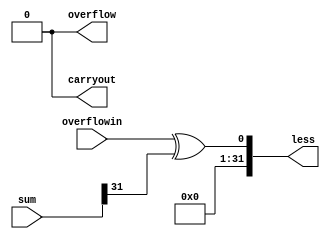
module full32BitSLT
(
  output [31:0]less,
  output carryout,
  output overflow,
  input signed [31:0] sum,
  input overflowin
  );
  genvar i;
  generate
    for (i=1; i<32; i=i+1)
    begin:genblock
      assign less[i] = 0;
    end
  endgenerate
  wire overflow, carryout;
  xor xorgate(less[0], overflowin, sum[31]); //output is just sign of sum[31]
  assign carryout = 0;
  assign overflow = 0;

endmodule